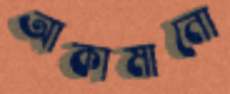
আকামানো